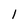
Character: l